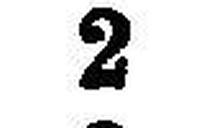
2